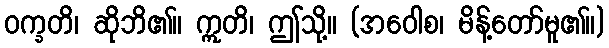
ဝက္ခတိ၊ ဆိုဘိ၏။ ဣတိ၊ ဤသို့။ (အဝေါစ၊ မိန့်တော်မူ၏။)